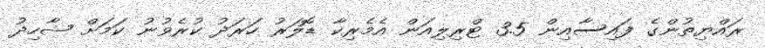
ރައްޔިތުންގެ ފައިސާއިން 3.5 ޓްރިލިއަން އެމެރިކާ ޑޮލަރު ހަރަދު ކުރެވުނު ކަމަށް ޝާހިދު